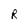
Character: R